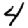
Digit: 4